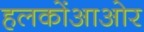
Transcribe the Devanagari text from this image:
हलकोंआओर